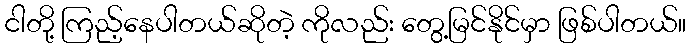
ငါတို့ ကြည့်နေပါတယ်ဆိုတဲ့ ကိုလည်း တွေ့မြင်နိုင်မှာ ဖြစ်ပါတယ်။